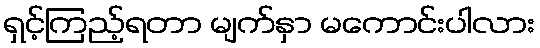
ရှင့်ကြည့်ရတာ မျက်နှာ မကောင်းပါလား